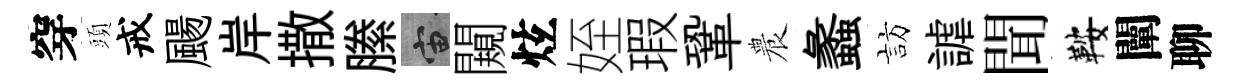
穿頭戒颺岸撒縢宙闚炫姪瑕鞏農蠡訪謔聞鞍闡聊